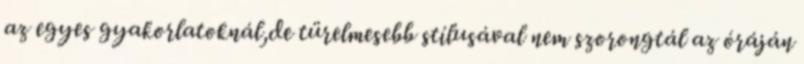
az egyes gyakorlatoknál,de türelmesebb stílusával nem szorongtál az óráján